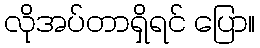
လိုအပ်တာရှိရင် ပြော။